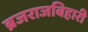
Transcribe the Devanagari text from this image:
ब्रजराजबिहारी